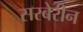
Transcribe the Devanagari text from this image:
सरबेरीन